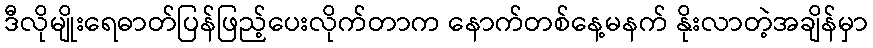
ဒီလိုမျိုးရေဓာတ်ပြန်ဖြည့်ပေးလိုက်တာက နောက်တစ်နေ့မနက် နိုးလာတဲ့အချိန်မှာ